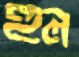
হুল